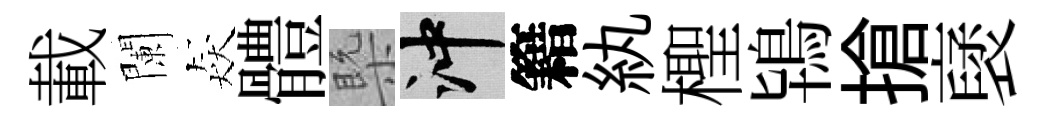
載闌猋體槩冲籍紈檉鴇搶裦